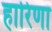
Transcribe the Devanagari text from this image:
हारिणा